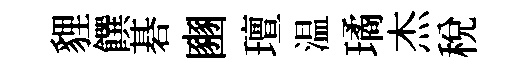
貍饌碁豳璮温璚杰税